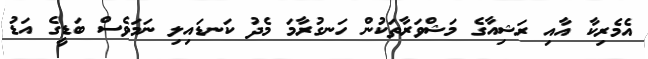
އެމެރިކާ އާއި ރަޝިއާގެ މަޝްވަރާތަކުން ހަނގުރާމަ މެދު ކަނޑައިލި ނަމަވެސް ބަޑީގެ އަޑު